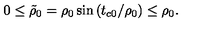
0 \leq \tilde { \rho } _ { 0 } = \rho _ { 0 } \sin \left( t _ { c 0 } / \rho _ { 0 } \right) \leq \rho _ { 0 } .